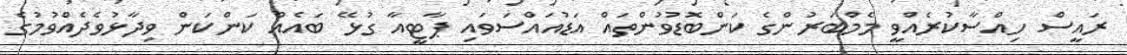
ރައީސް ހިއްސާކުރެއްވީ މެމްބަރުންގެ ކަންބޮޑުވުންތައް އަޑުއައްސަވައި ޕާޓީއާ ގުޅޭ ބައެއް ކަންކަން ވިދާޅުވެދެއްވުމުގެ